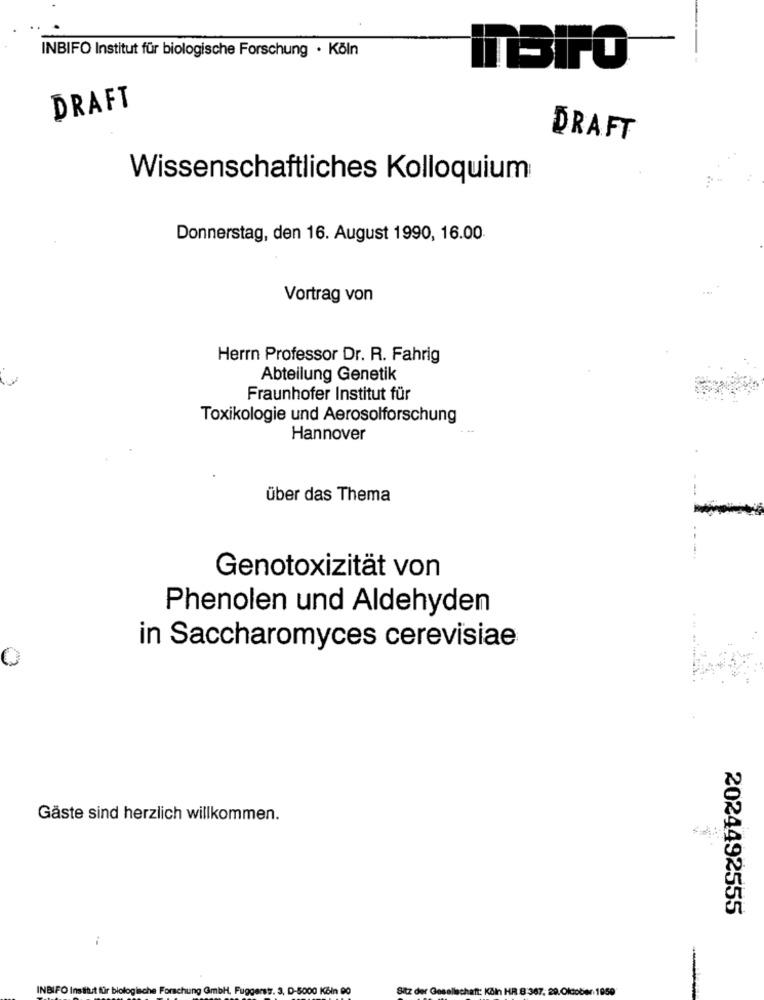
INBIFO Institut für biologische Forschung · Köln
ITBiPO
DRAFT
DRAFT
Wissenschaftliches Kolloquium
Donnerstag, den 16. August 1990, 16.00
Vortrag von
Herrn Professor Dr. R. Fahrig
Abteilung Genetik
Fraunhofer Institut für
Toxikologie und Aerosolforschung
Hannover
über das Thema
Genotoxizität von
Phenolen und Aldehyden
in Saccharomyces cerevisiae
O
Gäste sind herzlich willkommen.
2024492555
i
INBIFO Institut für biologische Forschung GmbH, Fuggerstr. 3, D-5000 Kčin 00
Sitz der Gesellschaft: Köln HR B:367. 29.Oktober 1950